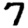
Digit: 7